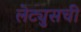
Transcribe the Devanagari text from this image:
लेट्युसची